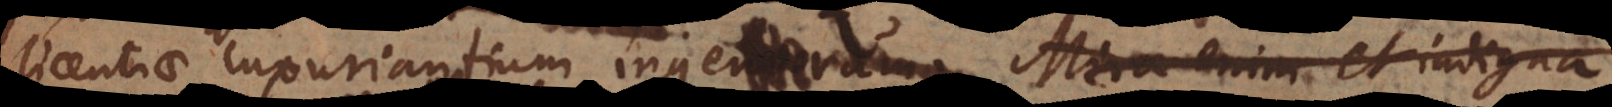
licentiae luxuriantium ingeniorum. Mira enim et indigna